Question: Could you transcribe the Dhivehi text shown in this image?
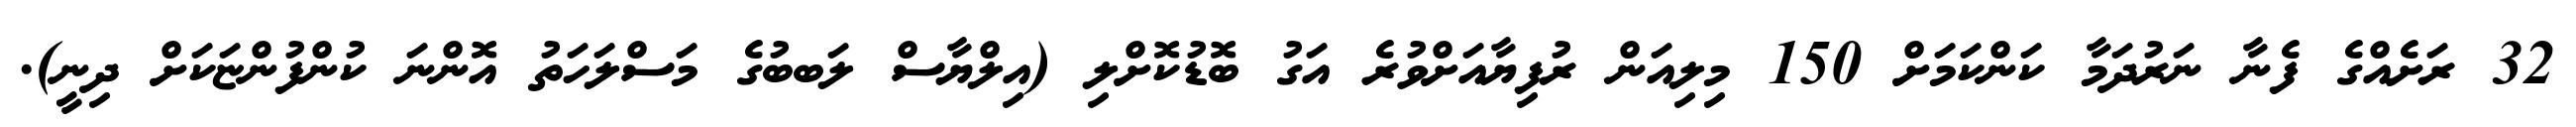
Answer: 32 ރަށެއްގެ ފެނާ ނަރުދަމާ ކަންކަމަށް 150 މިލިއަން ރުފިޔާއަށްވުރެ އަގު ބޮޑުކޮށްލި (އިލްޔާސް ލަބބުގެ މަސްލަހަތު އޮންނަ ކުންފުންޏަކަށް ދިނީ).